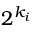
2 ^ { k _ { i } }